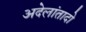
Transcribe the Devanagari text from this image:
अदेलांतादो